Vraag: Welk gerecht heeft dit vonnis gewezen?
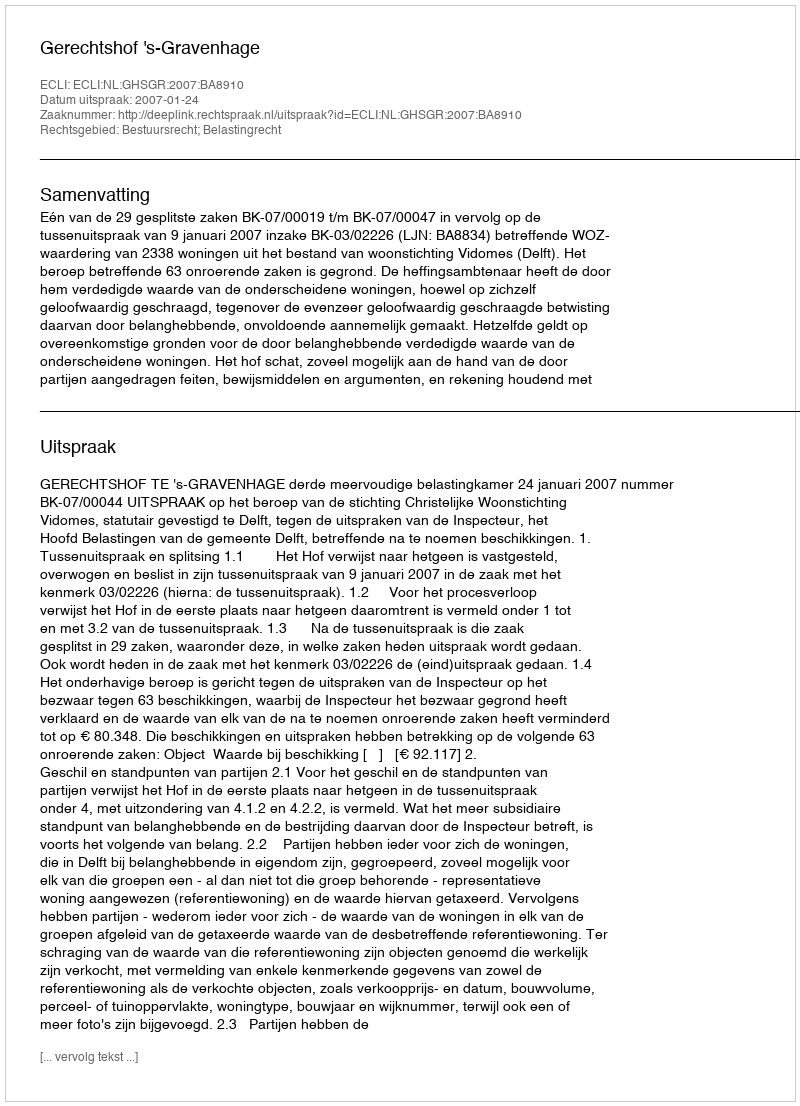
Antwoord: Gerechtshof 's-Gravenhage